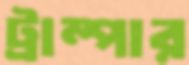
ট্রাম্পার